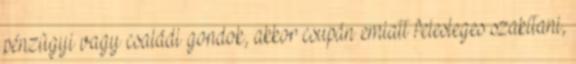
pénzügyi vagy családi gondok, akkor csupán emiatt felesleges szakítani,